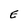
Character: E